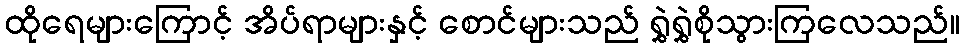
ထိုရေများကြောင့် အိပ်ရာများနှင့် စောင်များသည် ရွှဲရွှဲစိုသွားကြလေသည်။